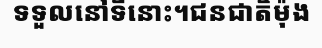
ទទួលនៅទីនោះ។ជនជាតិម៉ុង